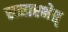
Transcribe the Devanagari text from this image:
समारभेत्